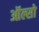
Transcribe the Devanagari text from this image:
ऑल्सो